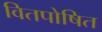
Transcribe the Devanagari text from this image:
वितपोषित